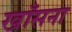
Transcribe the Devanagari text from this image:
खाँसना